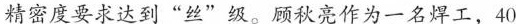
精密度要求达到”丝”级。顾秋亮作为一名焊工，40